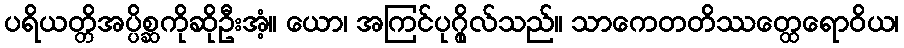
ပရိယတ္တိအပ္ပိစ္ဆကိုဆိုဦးအံ့။ ယော၊ အကြင်ပုဂ္ဂိုလ်သည်။ သာကေတတိဿတ္ထေရောဝိယ၊